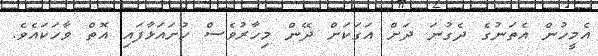
އެމީހުން އެތަނުގެ ދެގުނަ ދަށް އަގަކަށް ދޭން މިހާރުވެސް ހުށައަޅާފައި އޮތް ވާހަކައެވެ.